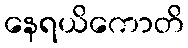
နေရယိကောတိ